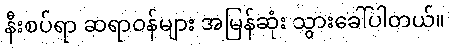
နီးစပ်ရာ ဆရာဝန်များ အမြန်ဆုံး သွားခေါ်ပါတယ်။